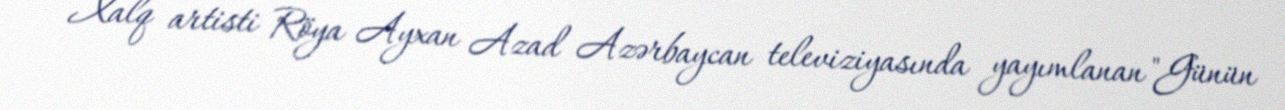
Xalq artisti Röya Ayxan Azad Azərbaycan televiziyasında yayımlanan "Günün